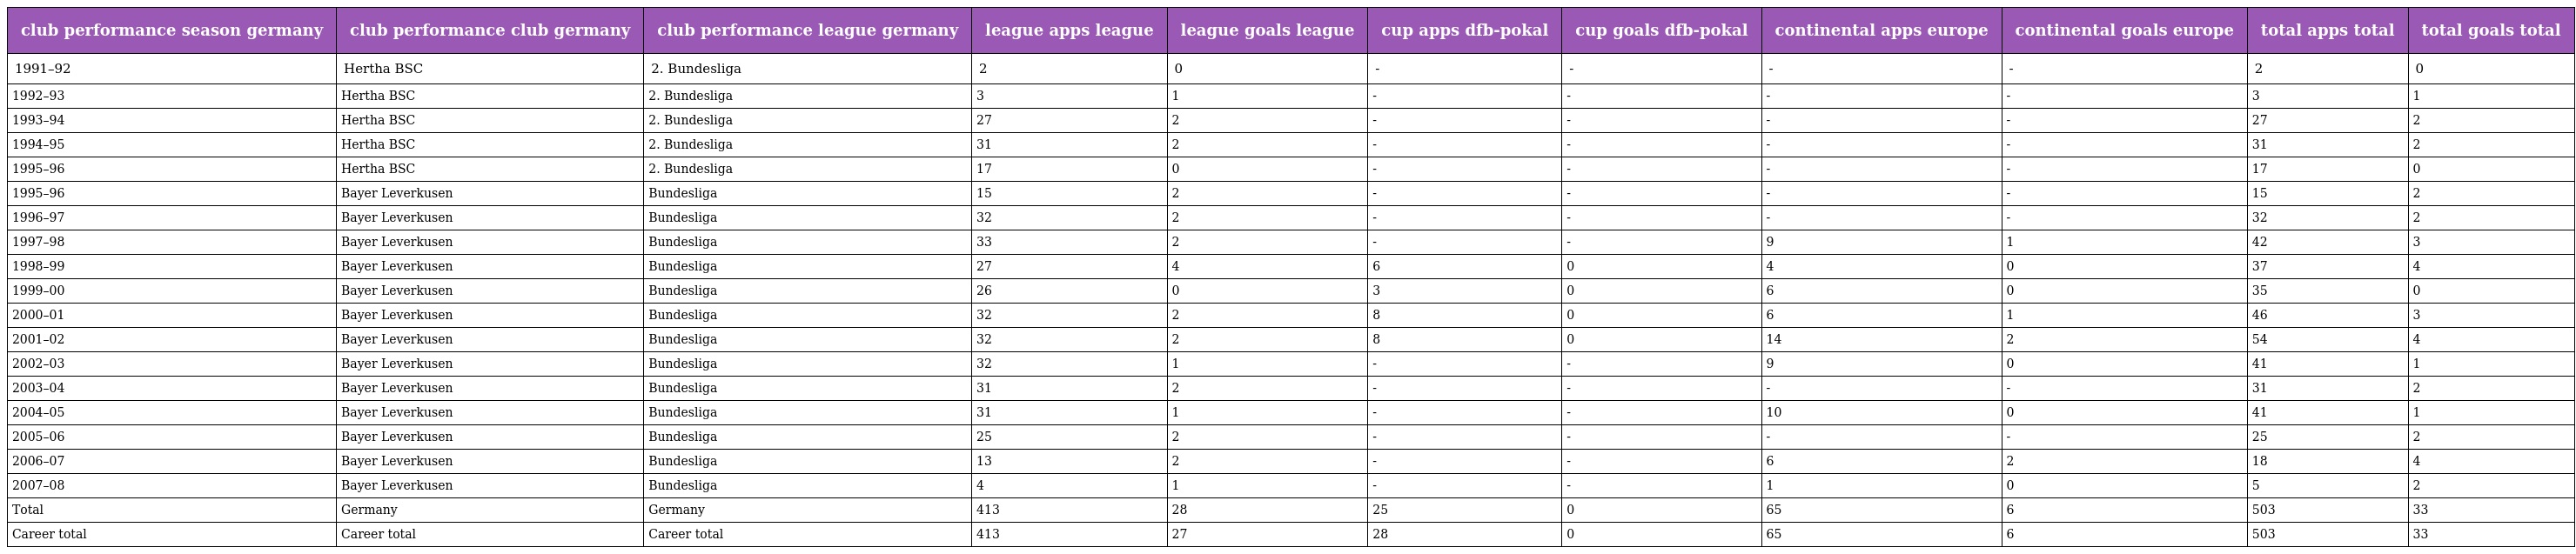
| club performance season germany | club performance club germany | club performance league germany | league apps league | league goals league | cup apps dfb-pokal | cup goals dfb-pokal | continental apps europe | continental goals europe | total apps total | total goals total |
 | --- | --- | --- | --- | --- | --- | --- | --- | --- | --- | --- |
 | 1991–92 | Hertha BSC | 2. Bundesliga | 2 | 0 | - | - | - | - | 2 | 0 |
 | 1992–93 | Hertha BSC | 2. Bundesliga | 3 | 1 | - | - | - | - | 3 | 1 |
 | 1993–94 | Hertha BSC | 2. Bundesliga | 27 | 2 | - | - | - | - | 27 | 2 |
 | 1994–95 | Hertha BSC | 2. Bundesliga | 31 | 2 | - | - | - | - | 31 | 2 |
 | 1995–96 | Hertha BSC | 2. Bundesliga | 17 | 0 | - | - | - | - | 17 | 0 |
 | 1995–96 | Bayer Leverkusen | Bundesliga | 15 | 2 | - | - | - | - | 15 | 2 |
 | 1996–97 | Bayer Leverkusen | Bundesliga | 32 | 2 | - | - | - | - | 32 | 2 |
 | 1997–98 | Bayer Leverkusen | Bundesliga | 33 | 2 | - | - | 9 | 1 | 42 | 3 |
 | 1998–99 | Bayer Leverkusen | Bundesliga | 27 | 4 | 6 | 0 | 4 | 0 | 37 | 4 |
 | 1999–00 | Bayer Leverkusen | Bundesliga | 26 | 0 | 3 | 0 | 6 | 0 | 35 | 0 |
 | 2000–01 | Bayer Leverkusen | Bundesliga | 32 | 2 | 8 | 0 | 6 | 1 | 46 | 3 |
 | 2001–02 | Bayer Leverkusen | Bundesliga | 32 | 2 | 8 | 0 | 14 | 2 | 54 | 4 |
 | 2002–03 | Bayer Leverkusen | Bundesliga | 32 | 1 | - | - | 9 | 0 | 41 | 1 |
 | 2003–04 | Bayer Leverkusen | Bundesliga | 31 | 2 | - | - | - | - | 31 | 2 |
 | 2004–05 | Bayer Leverkusen | Bundesliga | 31 | 1 | - | - | 10 | 0 | 41 | 1 |
 | 2005–06 | Bayer Leverkusen | Bundesliga | 25 | 2 | - | - | - | - | 25 | 2 |
 | 2006–07 | Bayer Leverkusen | Bundesliga | 13 | 2 | - | - | 6 | 2 | 18 | 4 |
 | 2007–08 | Bayer Leverkusen | Bundesliga | 4 | 1 | - | - | 1 | 0 | 5 | 2 |
 | Total | Germany | Germany | 413 | 28 | 25 | 0 | 65 | 6 | 503 | 33 |
 | Career total | Career total | Career total | 413 | 27 | 28 | 0 | 65 | 6 | 503 | 33 |